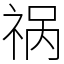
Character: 祸